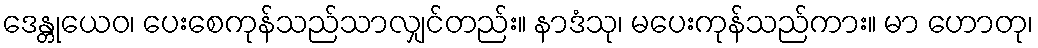
ဒေန္တုယေဝ၊ ပေးစေကုန်သည်သာလျှင်တည်း။ နာဒံသု၊ မပေးကုန်သည်ကား။ မာ ဟောတု၊